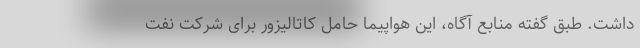
داشت. طبق گفته منابع آگاه، این هواپیما حامل کاتالیزور برای شرکت نفت